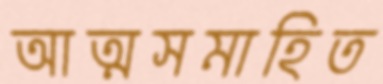
আত্মসমাহিত